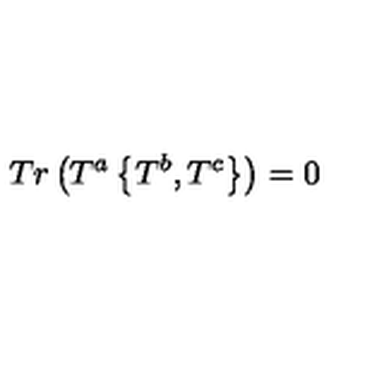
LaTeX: T r \left( T ^ { a } \left\{ T ^ { b } , T ^ { c } \right\} \right) = 0